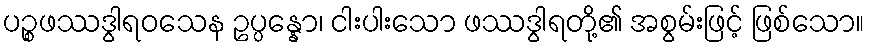
ပဉ္စဖဿဒွါရဝသေန ဥပ္ပန္နော၊ ငါးပါးသော ဖဿဒွါရတို့၏ အစွမ်းဖြင့် ဖြစ်သော။